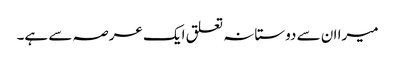
میرا ان سے دوستانہ تعلق ایک عرصہ سے ہے۔